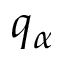
q _ { \alpha }